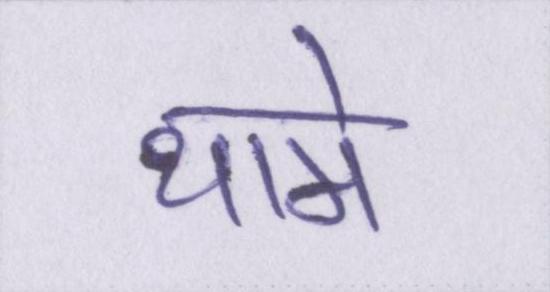
थामे